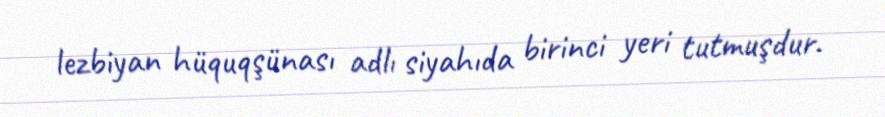
lezbiyan hüquqşünası adlı siyahıda birinci yeri tutmuşdur.